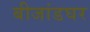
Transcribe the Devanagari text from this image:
बीजांडघर